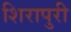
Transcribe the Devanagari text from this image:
शिरापुरी